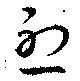
烈